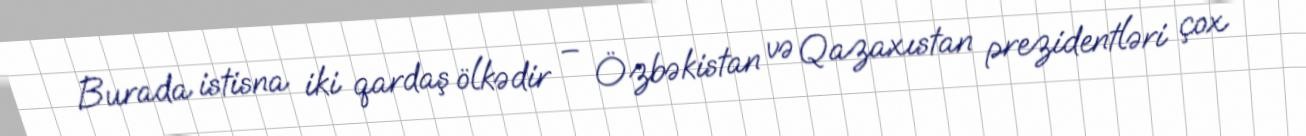
Burada istisna iki qardaş ölkədir – Özbəkistan və Qazaxıstan prezidentləri çox